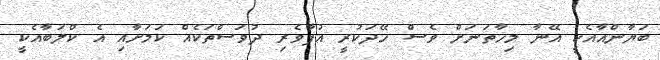
ބަޔާންއާއެކީ އޭނާ މިހާތަނަށް ވެސް ހޭދަކުރީ އުފާވެރި ދުވަސްތަކެއް ކަމަށާއި އެ ކްލަބާއެކީ